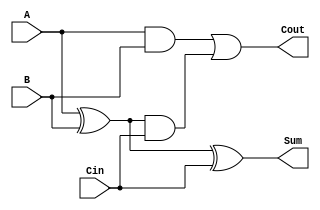
module tree_structured_full_adder (
    input  wire A,     // First input bit
    input  wire B,     // Second input bit
    input  wire Cin,   // Carry-in bit
    output wire Sum,   // Output sum bit
    output wire Cout   // Output carry-out bit
);

    // Intermediate signals
    wire S1;   // Intermediate sum from A and B
    wire C1;   // Intermediate carry from A and B
    wire C2;   // Intermediate carry from S1 and Cin

    // Level 1
    assign S1 = A ^ B;              // XOR gate for first stage sum
    assign C1 = A & B;              // AND gate for first stage carry

    // Level 2
    assign Sum = S1 ^ Cin;          // Final sum output
    assign C2 = S1 & Cin;           // Intermediate carry for second stage

    // Final stage
    assign Cout = C1 | C2;          // Final carry-out output

endmodule